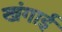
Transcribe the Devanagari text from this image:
खंगाई